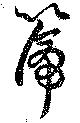
＊